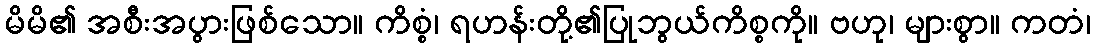
မိမိ၏ အစီးအပွားဖြစ်သော။ ကိစ္စံ၊ ရဟန်းတို့၏ပြုဘွယ်ကိစ္စကို။ ဗဟု၊ များစွာ။ ကတံ၊